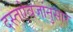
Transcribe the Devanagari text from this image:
दस्तऐवजांनुसार